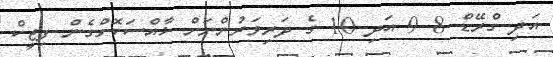
އަދި ގްރޭޑް 8 9 އަދި 10 ގެ ދަރިވަރުންނަށް ޚާއްސަކޮށްގެން ފިޒީކް